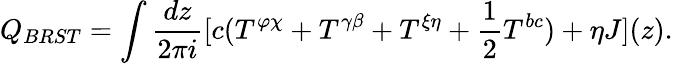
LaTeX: Q_{BRST}=\int\frac{dz}{2\pi i}[c(T^{\varphi\chi}+T^{\gamma\beta}+T^{\xi\eta}+\frac{1}{2}T^{bc})+\eta J](z).